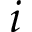
i